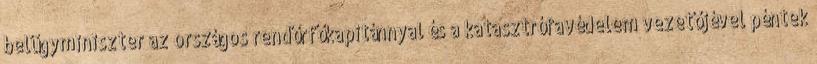
belügyminiszter az országos rendőrfőkapitánnyal és a katasztrófavédelem vezetőjével péntek